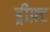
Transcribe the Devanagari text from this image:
ड्रीफ़्ट